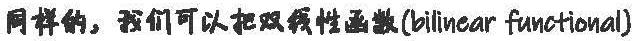
同样的，我们可以把双线性函数(bilinear functional)